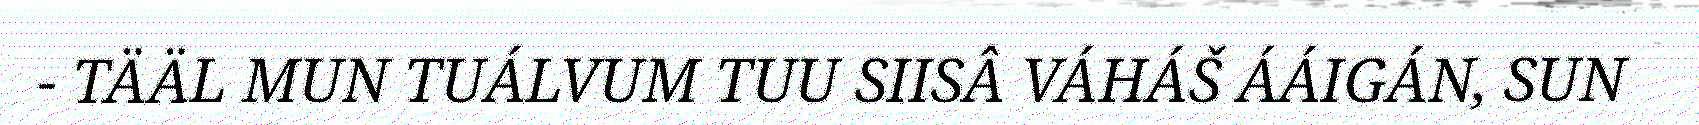
- TÄÄL MUN TUÁLVUM TUU SIISÂ VÁHÁŠ ÁÁIGÁN, SUN